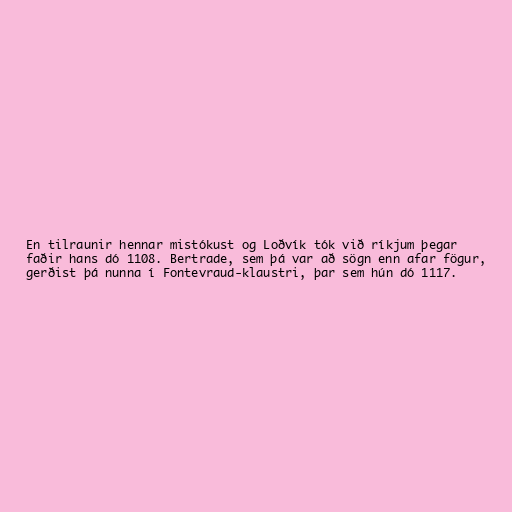
En tilraunir hennar mistókust og Loðvík tók við ríkjum þegar
faðir hans dó 1108. Bertrade, sem þá var að sögn enn afar fögur,
gerðist þá nunna í Fontevraud-klaustri, þar sem hún dó 1117.